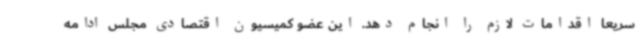
سریعا اقدامات لازم را انجام دهد. این عضو کمیسیون اقتصادی مجلس ادامه